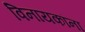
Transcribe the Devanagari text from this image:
विनायकांना